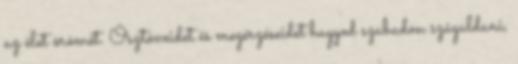
az élet örömét. Ösztöneidet és megérzéseidet hagyod szabadon száguldani,